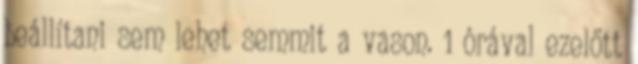
beállítani sem lehet semmit a vason. 1 órával ezelőtt